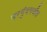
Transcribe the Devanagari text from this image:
नरगुंदपर्यंत